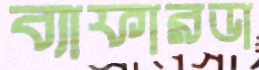
ব্যাফারডা